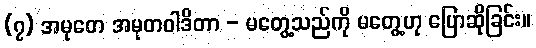
(၇) အမုတေ အမုတဝါဒိတာ - မတွေ့သည်ကို မတွေ့ဟု ပြောဆိုခြင်း။